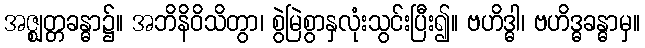
အဇ္ဈတ္တခန္ဓာ၌။ အဘိနိဝိသိတွာ၊ စွဲမြဲစွာနှလုံးသွင်းပြီး၍။ ဗဟိဒ္ဓါ၊ ဗဟိဒ္ဓခန္ဓာမှ။